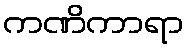
ကဏိကာရာ